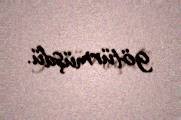
götürmüşdü.